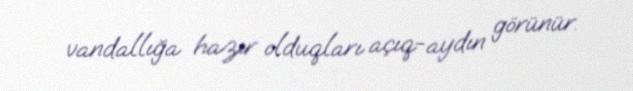
vandallığa hazır olduqları açıq-aydın görünür.